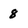
Character: 8